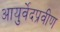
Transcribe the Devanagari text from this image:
आयुर्वेदप्रवीण